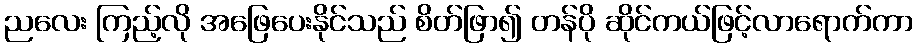
ညလေး ကြည့်လို အဖြေပေးနိုင်သည် စိတ်ဖြာ၍ တန်ပို ဆိုင်ကယ်ဖြင့်လာရောက်ကာ